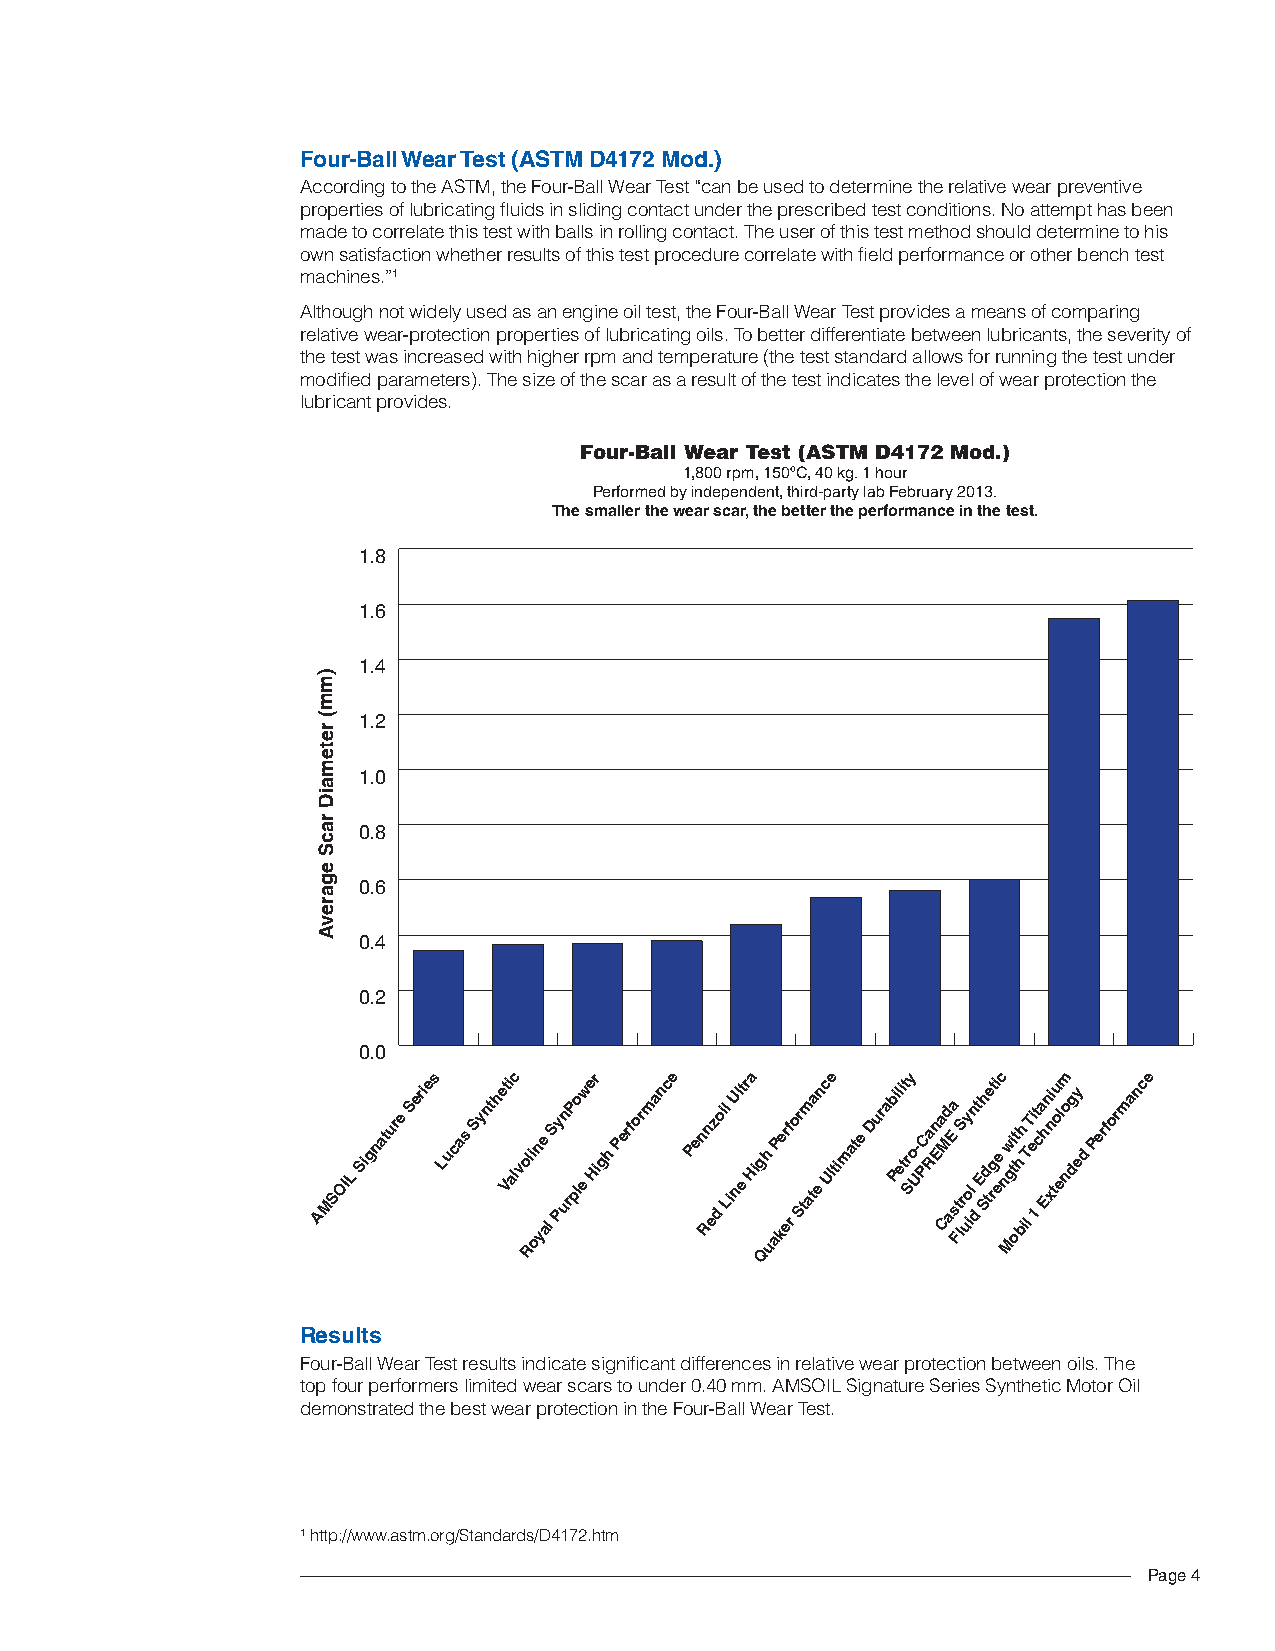
Four-Ball Wear Test (ASTM d4172 Mod.)
 According to the ASTM, the Four-Ball Wear Test “can be used to determine the relative wear preventive
 properties of lubricating fluids in sliding contact under the prescribed test conditions. No attempt has been
 made to correlate this test with balls in rolling contact. The user of this test method should determine to his
 own satisfaction whether results of this test procedure correlate with field performance or other bench test
 machines.”1
 Although not widely used as an engine oil test, the Four-Ball Wear Test provides a means of comparing
 relative wear-protection properties of lubricating oils. To better differentiate between lubricants, the severity of
 the test was increased with higher rpm and temperature (the test standard allows for running the test under
 modified parameters). The size of the scar as a result of the test indicates the level of wear protection the
 lubricant provides.
 Four-Ball Wear Test (ASTM D4172 Mod.)
 1,800 rpm, 150ºC, 40 kg. 1 hour
 Performed by independent, third-party lab February 2013.
 The smaller the wear scar, the better the performance in the test.
 1.8
 1.6
 1.4
 )
 m
 m
 (
 r
 1.2
 e
 t
 e
 m
 1.0
 a
 iD
 r
 a  0.8
 c
 S
 e
 g  0.6
 a
 r
 e
 v
 A
 0.4
 0.2
 0.0
 AMSOIL
 Signature Series Lucas Synthet Vi alc vo Rli on ye
 a l
 S Py un rP plo ew e Hr igh Performance Pen Rn ez do il
 L
 inUl et r Ha ig Qh
 u
 aP ker ef
 r
 or Stm ata en c Ule timate Durab Pil ei tt r Sy o U- PCa Rn Ea CMd aEa
 s Ft
 lrS uy
 o il
 n dt Eh
 Sd
 te rt gi eec
 n
 Mw gi
 t
 ot h bh
 i
 lT T ei 1t ca h En xni tou el nom dg ey d Performance
 Results
 Four-Ball Wear Test results indicate significant differences in relative wear protection between oils. The
 top four performers limited wear scars to under 0.40 mm. AMSOIL Signature Series Synthetic Motor Oil
 demonstrated the best wear protection in the Four-Ball Wear Test.
 1 http://www.astm.org/Standards/D4172.htm
 Page 4